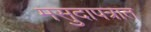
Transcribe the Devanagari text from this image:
मसुदापत्रात